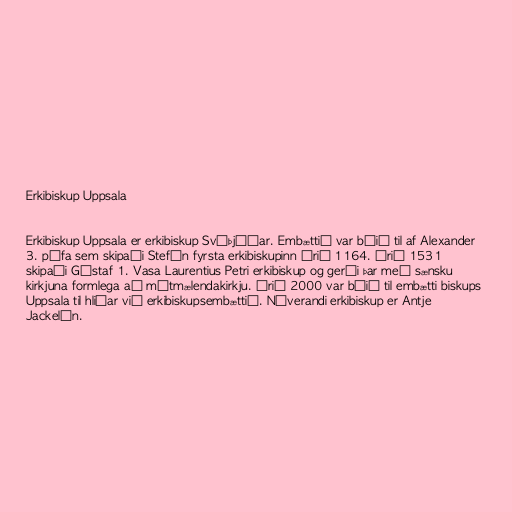
Erkibiskup Uppsala

Erkibiskup Uppsala er erkibiskup Svíþjóðar. Embættið var búið til af Alexander
3. páfa sem skipaði Stefán fyrsta erkibiskupinn árið 1164. Árið 1531
skipaði Gústaf 1. Vasa Laurentius Petri erkibiskup og gerði þar með sænsku
kirkjuna formlega að mótmælendakirkju. Árið 2000 var búið til embætti biskups
Uppsala til hliðar við erkibiskupsembættið. Núverandi erkibiskup er Antje
Jackelén.